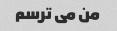
من می ترسم